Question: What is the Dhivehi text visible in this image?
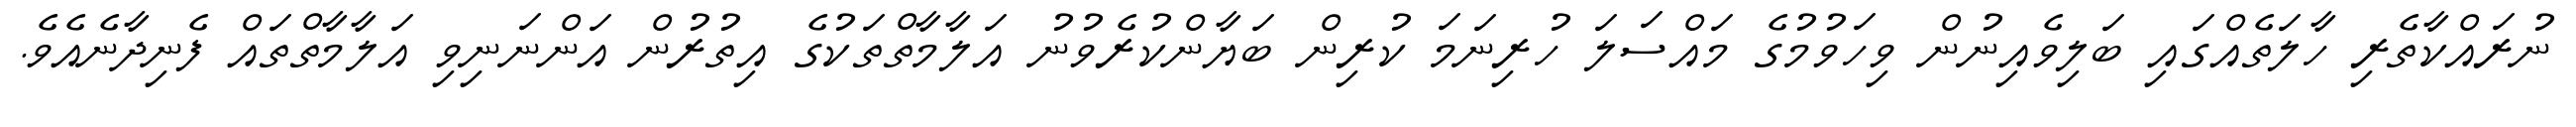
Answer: ނުރައްކާތެރި ހާލަތެއްގައި ބަލިވެއިނުން ވިހަވުމުގެ މައްސަލަ ހުރިނަމަ ކުރިން ބަޔާންކުރެވުނު އަލާމާތްތަކުގެ އިތުރުން އަންނަނިވި އަލާމާތްތައް ފެނިދާނެއެވެ.